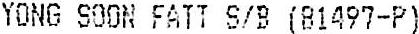
YONG SOON FATT S/B (81497-P)